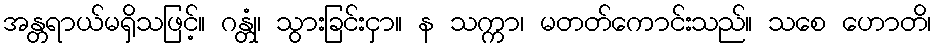
အန္တရာယ်မရှိသဖြင့်။ ဂန္တုံ၊ သွားခြင်းငှာ။ န သက္ကာ၊ မတတ်ကောင်းသည်။ သစေ ဟောတိ၊